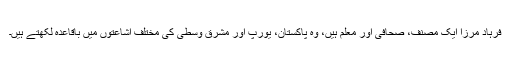
فرہاد مرزا ایک مصنف، صحافی اور معلم ہیں، وہ پاکستان، یورپ اور مشرقِ وسطیٰ کی مختلف اشاعتوں میں باقاعدہ لکھتے ہیں۔